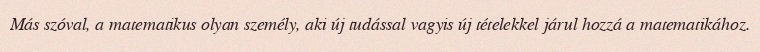
Más szóval, a matematikus olyan személy, aki új tudással vagyis új tételekkel járul hozzá a matematikához.